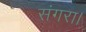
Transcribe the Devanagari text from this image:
संगरा।